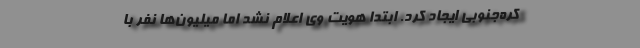
کره‌جنوبی ایجاد کرد. ابتدا هویت وی اعلام نشد اما میلیون‌ها نفر با